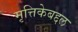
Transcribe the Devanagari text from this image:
मृत्तिकेबद्दल